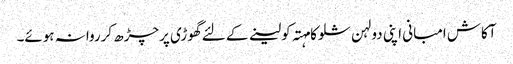
آکاش امبانی اپنی دولہن شلوکا مہتہ کولینے کے لئے گھوڑی پرچڑھ کرروانہ ہوئے۔